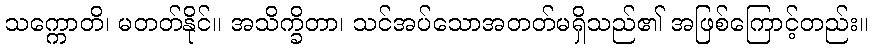
သက္ကောတိ၊ မတတ်နိုင်။ အသိက္ခိတာ၊ သင်အပ်သောအတတ်မရှိသည်၏ အဖြစ်ကြောင့်တည်း။